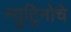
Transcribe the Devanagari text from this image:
न्युट्रिनोचे